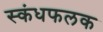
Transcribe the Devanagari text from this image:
स्कंधफलक